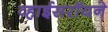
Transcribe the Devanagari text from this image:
व्हाईसरॉयने